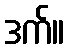
ဒက်။